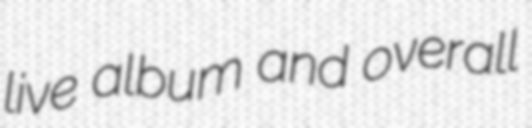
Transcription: live album and overall